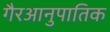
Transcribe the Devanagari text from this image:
गैरआनुपातिक